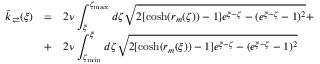
\begin{array} { r l l } { \bar { k } _ { \rightleftarrows } ( \xi ) } & { = } & { \displaystyle 2 \nu \int _ { \xi } ^ { \zeta _ { \operatorname* { m a x } } } d \zeta \sqrt { 2 [ \cosh ( r _ { m } ( \zeta ) ) - 1 ] e ^ { \xi - \zeta } - ( e ^ { \xi - \zeta } - 1 ) ^ { 2 } } + \medskip } \\ & { + } & { \displaystyle 2 \nu \int _ { \zeta _ { \operatorname* { m i n } } } ^ { \xi } d \zeta \sqrt { 2 [ \cosh ( r _ { m } ( \xi ) ) - 1 ] e ^ { \xi - \zeta } - ( e ^ { \xi - \zeta } - 1 ) ^ { 2 } } } \end{array}